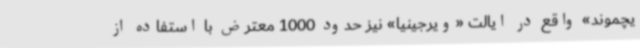
یچموند» واقع در ایالت «ویرجینیا» نیز حدود 1000 معترض با استفاده از